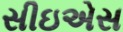
સીઇએસ